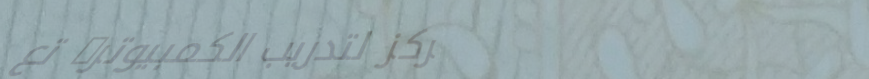
مركز لتدريب الكمبيوتر: تع